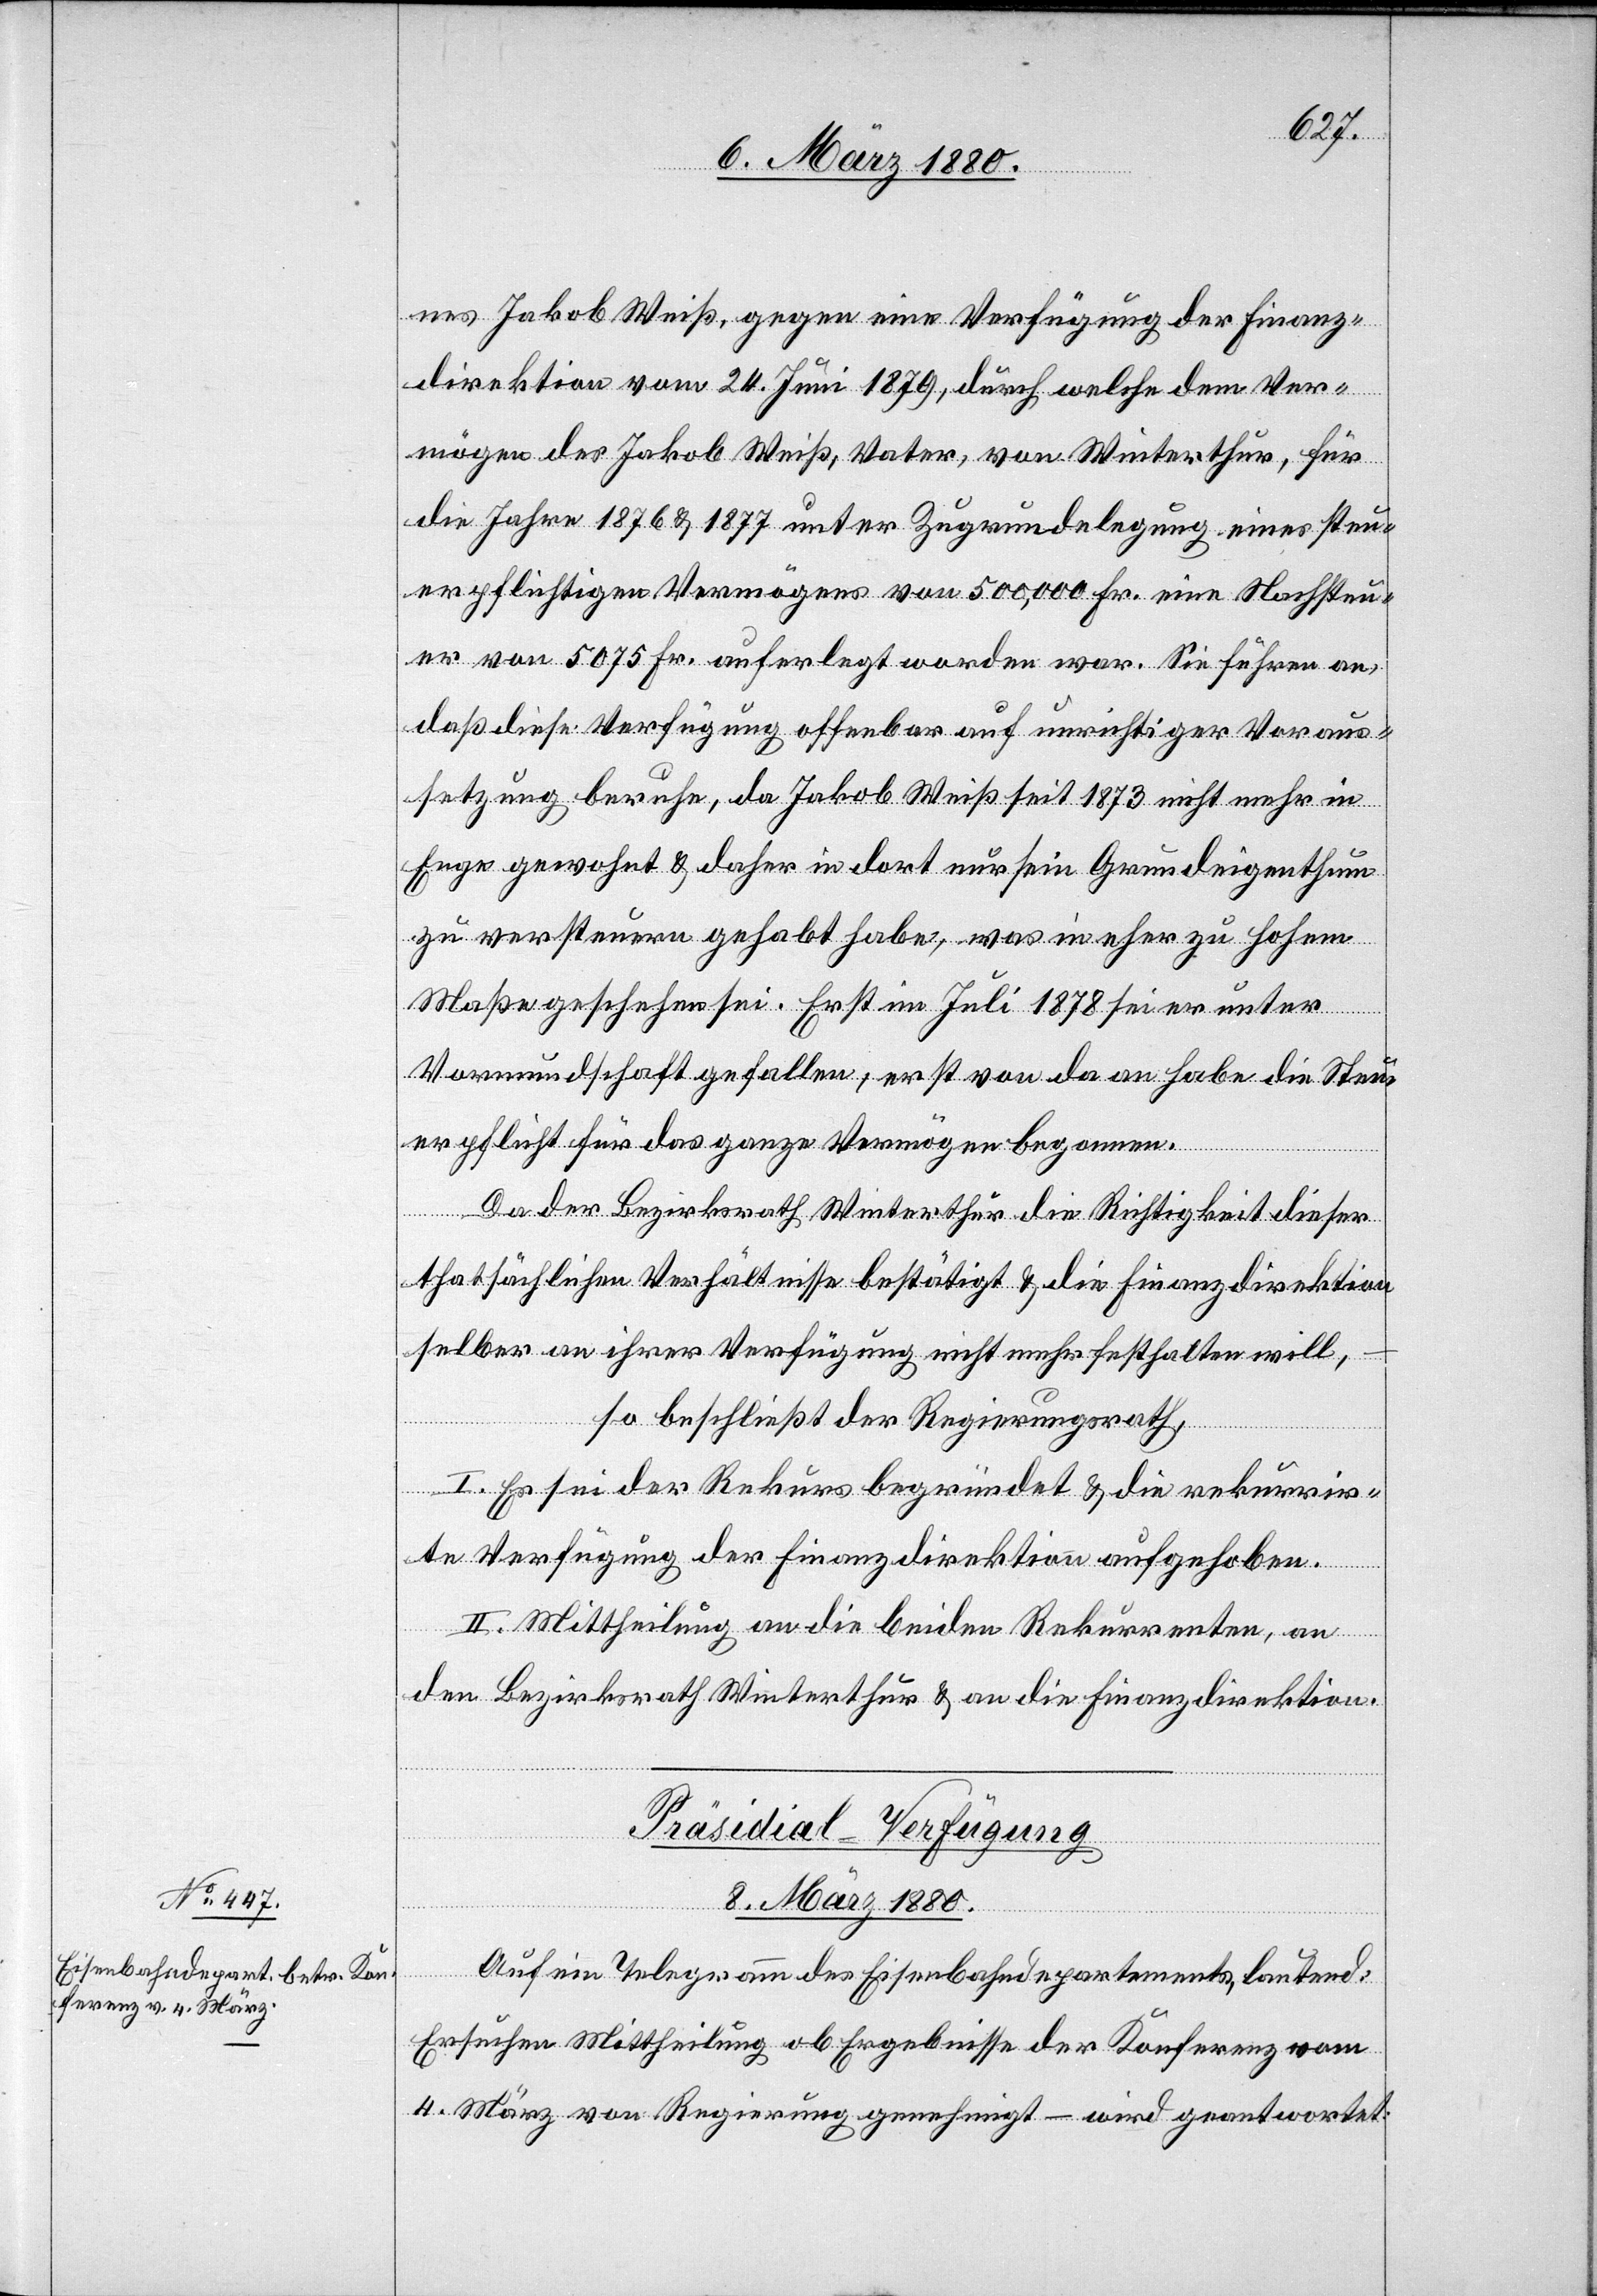
nes Jakob Weiß, gegen eine Verfügung der Finanz¬
direktion vom 24. Juni 1879, durch welche dem Ver¬
mögen des Jakob Weiß, Vater, von Winterthur, für
die Jahre 1876 & 1877 unter Zugrundelegung eines steu¬
erpflichtigen Vermögens von 500, 000 Fr. eine Nachsteu¬
er von 5075 Fr. auferlegt worden war. Sie führen an,
daß diese Verfügung offenbar auf unrichtiger Voraus¬
setzung beruhe, da Jakob Weiß seit 1873 nicht mehr in
Enge gewohnt & daher in dort nur sein Grundeigenthum
zu versteuern gehabt habe, was in eher zu hohem
Maße geschehen sei. Erst im Juli 1878 sei er unter
Vormundschaft gefallen; erst von da an habe die Steu¬
erpflicht für das ganze Vermögen begonnen.
Da der Bezirksrath Winterthur die Richtigkeit dieser
thatsächlichen Verhältnisse bestätigt & die Finanzdirektion
selbst an ihrer Verfügung nicht mehr festhalten will,
so beschließt der Regierungsrath,
I. Es sei der Rekurs begründet & die rekurrir¬
te Verfügung der Finanzdirektion aufgehoben.
II. Mittheilung an die beiden Rekurrenten, an
den Bezirksrath Winterthur & an die Finanzdirektion.
Präsidial-Verfügung
8. März 1880.
Auf ein Telegramm des Eisenbahndepartements, lautend:
Ersuchen Mittheilung ob Ergebnisse der Konferenz vom
4. März von Regierung genehmigt – wird geantwortet: